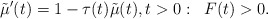
\begin{align*} \tilde \mu'(t)= 1-\tau(t) \tilde \mu(t), t>0: \;\; F(t)>0. \end{align*}